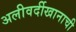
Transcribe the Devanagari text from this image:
अलीवर्दीखानाची